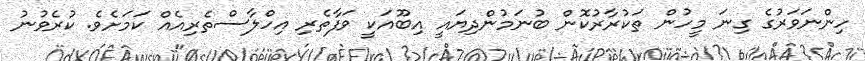
ހިންނަވަރުގެ ގިނަ މީހުން ތަކުރާރުކޮން ބުނަމުންދިޔައީ އިބޫއަކީ ވަފާތެރި އިހްލާސްތެރިއެއް ކަމަށެވެ. ކުރެވުނު